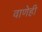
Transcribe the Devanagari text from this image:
वाणेही